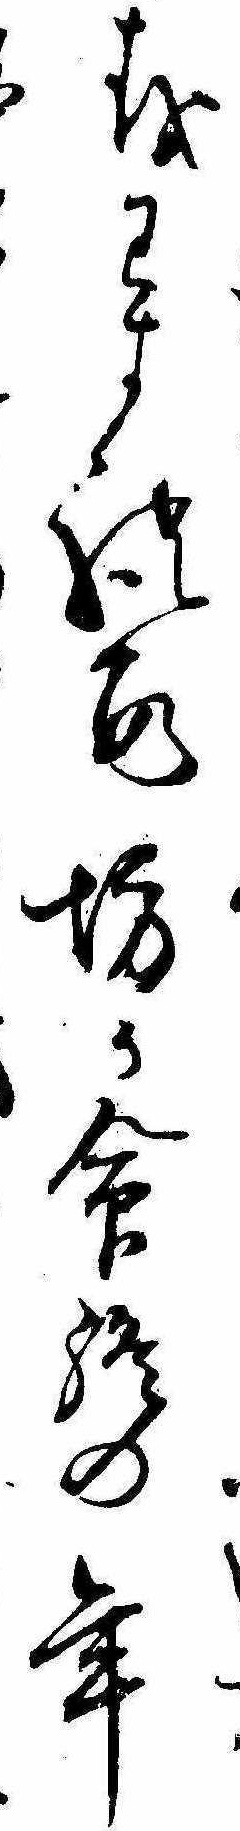
をわすれす坊か命終の年